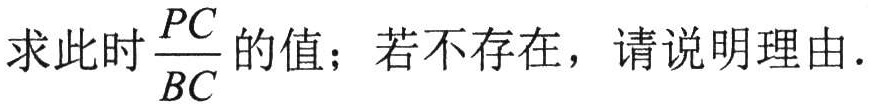
求此时$\frac{PC}{BC}$的值；若不存在，请说明理由.